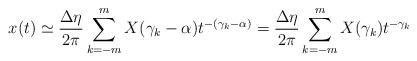
LaTeX: \begin{align*} x(t)\simeq \frac{\Delta\eta}{2\pi}\sum_{k=-m}^{m}{X(\gamma_k-\alpha) t^{-(\gamma_k-\alpha)}}= \frac{\Delta\eta}{2\pi}\sum_{k=-m}^{m}{X(\gamma_k) t^{-\gamma_k}}\end{align*}